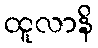
ထူလာနိ